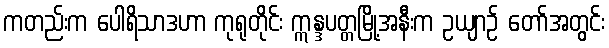
ကတည်းက ပေါရိသာဒဟာ ကုရုတိုင်း ဣန္ဒပတ္တမြို့အနီးက ဥယျာဉ် တော်အတွင်း